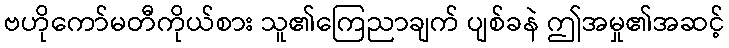
ဗဟိုကော်မတီကိုယ်စား သူ၏ကြေညာချက် ပျစ်ခနဲ ဤအမှု၏အဆင့်